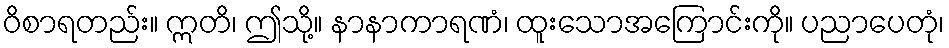
ဝိစာရတည်း။ ဣတိ၊ ဤသို့။ နာနာကာရဏံ၊ ထူးသောအကြောင်းကို။ ပညာပေတုံ၊